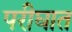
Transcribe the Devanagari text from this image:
परीघात